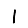
Digit: 1